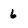
Character: 6